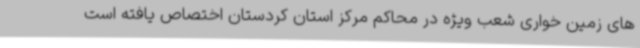
های زمین خواری شعب ویژه در محاکم مرکز استان کردستان اختصاص یافته است